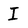
Character: I